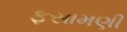
ફસામણી